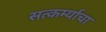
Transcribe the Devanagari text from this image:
सत्कर्म्याचा